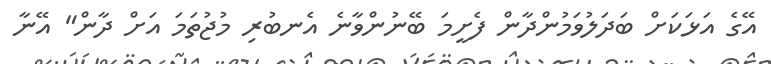
އޭގެ އަޅަކަށް ބަދަލުވަމުންދާން ފެށީމަ ބޭނުންވާނެ އެނބުރި މުޖުތަމަ އަށް ދާން" އޭނާ